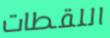
اللقطات